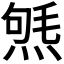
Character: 𤋤